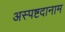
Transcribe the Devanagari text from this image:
अस्पष्टदानाम